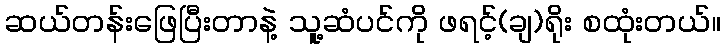
ဆယ်တန်းဖြေပြီးတာနဲ့ သူ့ဆံပင်ကို ဖရင့်(ချ)ရိုး စထုံးတယ်။